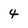
Character: 4